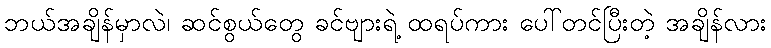
ဘယ်အချိန်မှာလဲ၊ ဆင်စွယ်တွေ ခင်ဗျားရဲ့ ထရပ်ကား ပေါ်တင်ပြီးတဲ့ အချိန်လား